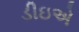
ડીઇએ